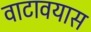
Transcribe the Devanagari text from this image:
वाटावयास